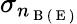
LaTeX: \sigma_{n_{\mathrm{~B~}(\mathrm{~E~})}}